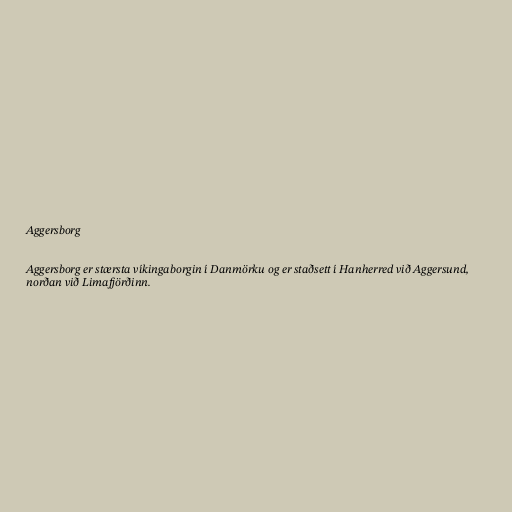
Aggersborg

Aggersborg er stærsta víkingaborgin í Danmörku og er staðsett í Hanherred við Aggersund,
norðan við Limafjörðinn.